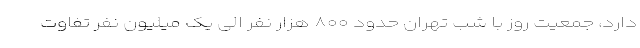
دارد، جمعیت روز با شب تهران حدود ۸۰۰ هزار نفر الی یک میلیون نفر تفاوت